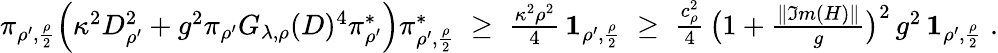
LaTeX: \begin{array}{r}{\pi_{\rho^{\prime},\frac{\rho}{2}}\Big(\kappa^{2}D_{\rho^{\prime}}^{2}+g^{2}\pi_{\rho^{\prime}}G_{\lambda,\rho}(D)^{4}\pi_{\rho^{\prime}}^{*}\Big)\pi_{\rho^{\prime},\frac{\rho}{2}}^{*}\; \geq\; \frac{\kappa^{2}\rho^{2}}{4}\, {\mathbf 1}_{\rho^{\prime},\frac{\rho}{2}}\; \geq\; \frac{c_{\rho}^{2}}{4}\, \big(1+\frac{\| \Im m(H)\| }{g}\big)^{2}\, g^{2}\, {\mathbf 1}_{\rho^{\prime},\frac{\rho}{2}}\; .}\end{array}